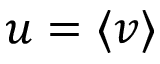
u = \langle v \rangle